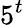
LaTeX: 5^{t}